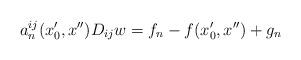
LaTeX: \begin{align*}a_n^{ij}(x_0',x'')D_{ij}w=f_n-f(x_0',x'')+g_n\end{align*}